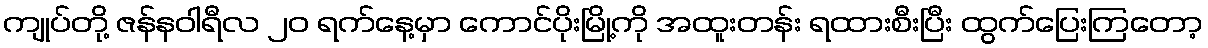
ကျုပ်တို့ ဇန်နဝါရီလ ၂၀ ရက်နေ့မှာ ကောင်ပိုးမြို့ကို အထူးတန်း ရထားစီးပြီး ထွက်ပြေးကြတော့